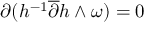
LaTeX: \partial ( h ^ { - 1 } \overline { { { \partial } } } h \wedge \omega ) = 0